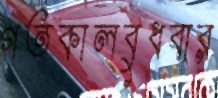
গতকালবুধবার